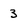
Character: 3